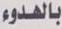
بالهدوء